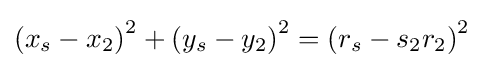
\left(x_{s}-x_{2}\right)^{2}+\left(y_{s}-y_{2}\right)^{2}=\left(r_{s}-s_{2}r_{2}\right)^{2}